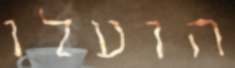
הועלו